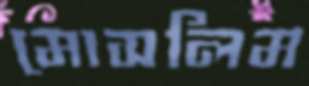
মোসলিম